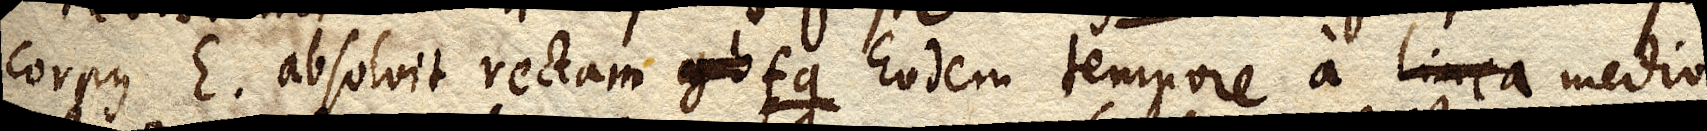
corpus E. absolvit rectam gb fg Eodem tempore a linea medio